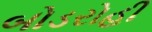
બોડરોહી